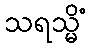
သရသ္မိံ